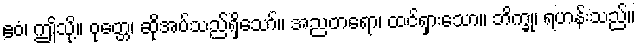
ဧဝံ၊ ဤသို့။ ဝုတ္တေ၊ ဆိုအပ်သည်ရှိသော်။ အညတရော၊ ထင်ရှားသော။ ဘိက္ခု၊ ရဟန်းသည်။